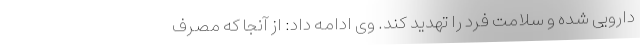
دارویی شده و سلامت فرد را تهدید کند. وی ادامه داد: از آنجا که مصرف